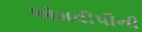
એમવીપીની